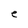
Character: e